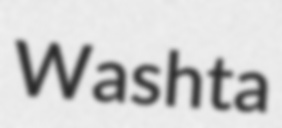
Washta